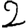
Digit: 2